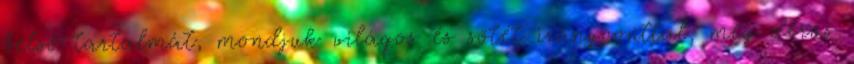
belső tartalmát, mondjuk világos és sötét irányponttal, meg derűs